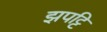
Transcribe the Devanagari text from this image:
झपट्टि